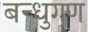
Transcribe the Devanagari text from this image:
बन्धुगण